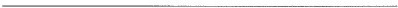
___